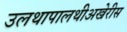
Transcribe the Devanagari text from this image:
उलथापालथीअखेरीस